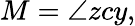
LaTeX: M=\angle zcy,